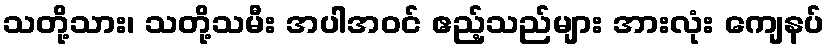
သတို့သား၊ သတို့သမီး အပါအဝင် ဧည့်သည်များ အားလုံး ကျေနပ်